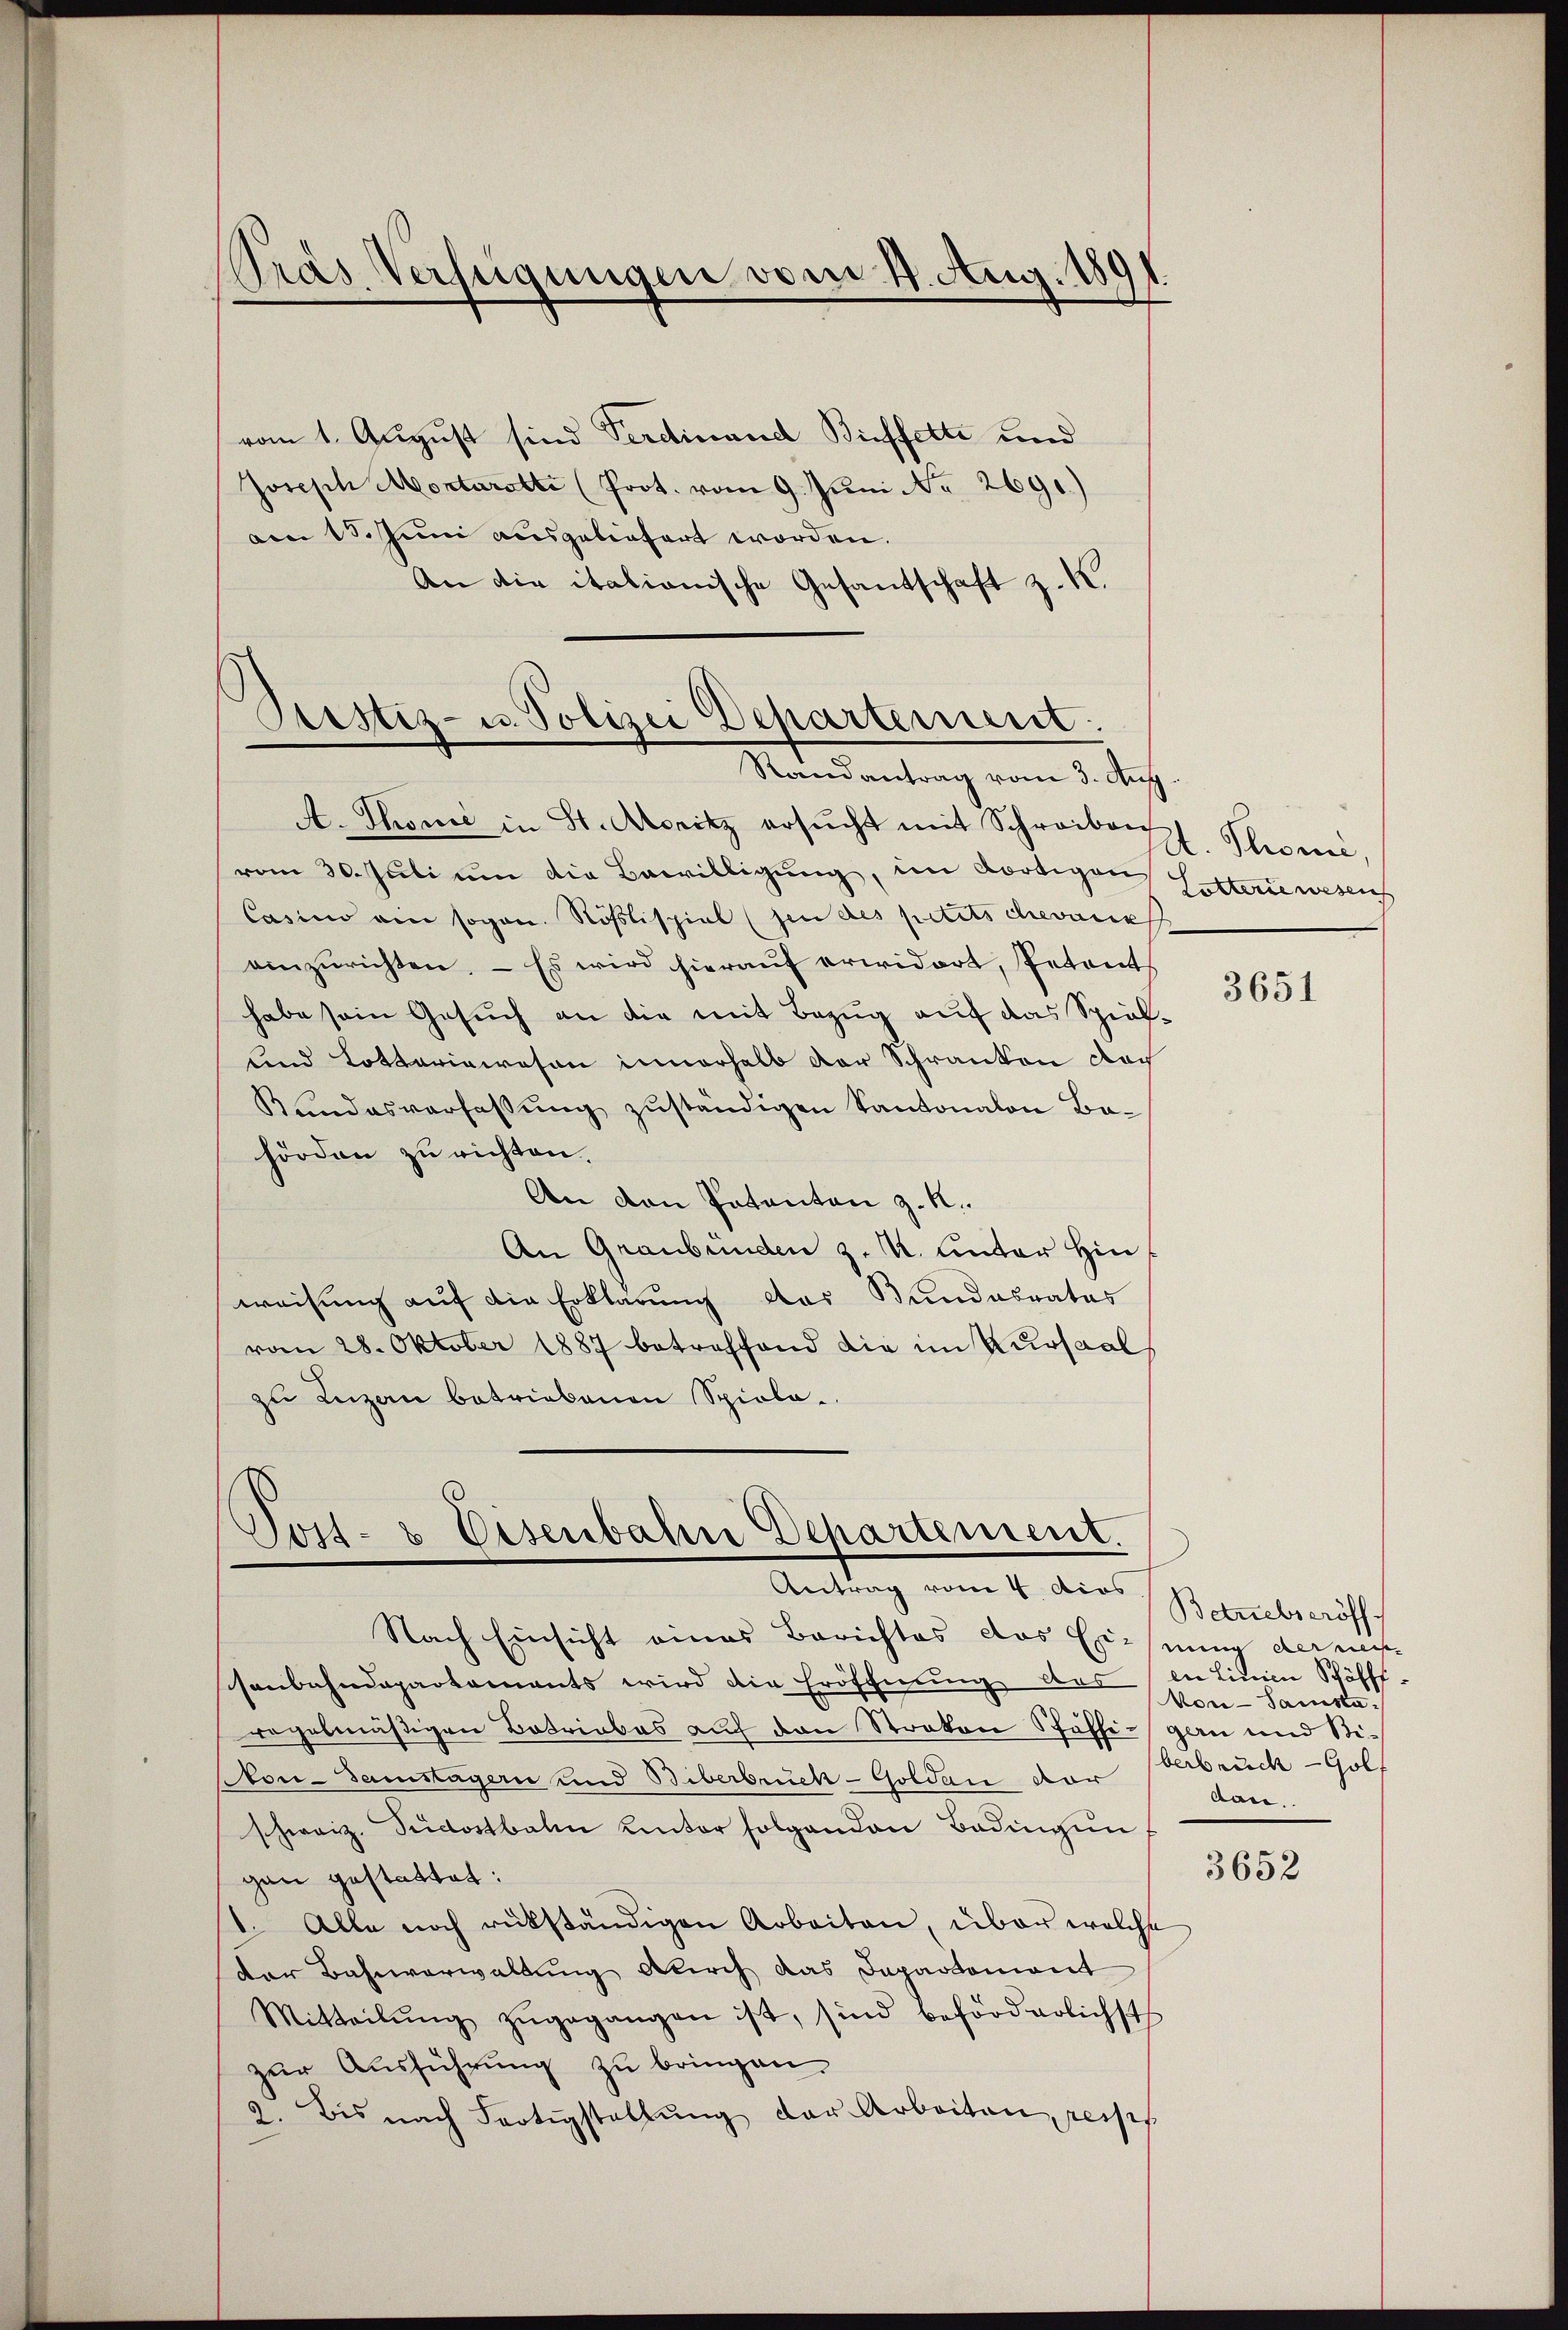
vom 1. August sind Ferdinand Bieffette und
Joseph Montarati (Prot. vom 9. Juni No 2691.)
am 13. Juni ausgeliefert worden.
An die italianische Gesandtschaft z. K.

Pras Verfügungen vom 4. Aug. 189

Prustiz- u. Polizei Departement.
Randantrag vom 3. Aug.

Post- & Eisenbahn Departement
Antrag vom 4 dies

A. Thonie in St. Aloritz ersŭcht mit Schreiben
vom 30. Juli um die Bewilligung, im dortigen Lettene wesens
Casino ein sogan. Roslispiel (sen des petits chevaux
einzurichten. - Es wird hieraŭf erwidert, Petent
habe sein Gesuch an die mit Bezug auf das Spiellend Lotteriewesen innerhalb der Schranken Nach
Kundesverfassŭng zŭständigen Kantonalen Ba-
hörden zu richten.
An den Patenten z. R.
An Graubünden z. R. unter Hin
weisung auf die Erklärung das Bundesrates
vom 28. Oktober 1887 betreffend die im Kursaal
zu Luzerne betriebenen Spiele.

Nach Einsicht eines Berichtes das Eignung der meis
csenbahndepartements wird die Eröfchnung des in Linie Schöfff-
regelmäßigen Betriebes auf den Stroken Schaffi-gan und Sti¬
Non- Samstagern und Biberbruck-Goldan der
schweiz. Südostbalen unter folgenden Badingun
gan gestattet:
1. Alle noch rükständigen Arbeiten, über welche
der Bahnverwaltung durch das Departement
Mitteilŭng zŭgegangen ist, sind beförderlichst
zur Ausführung zu bringen.
2. Bis nach Fertigstellŭng der Arbeiten, reises.

A. Thomi,

3651

Betriebseröff
kon-Samsta
berbrecht — Golf
dan

3652